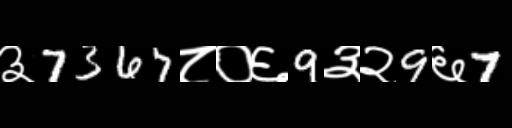
Text: ३7367८०६9३२9६7